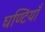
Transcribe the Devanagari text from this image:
घण्टियाँ